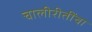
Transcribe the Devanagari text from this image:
चालीरीतींचा